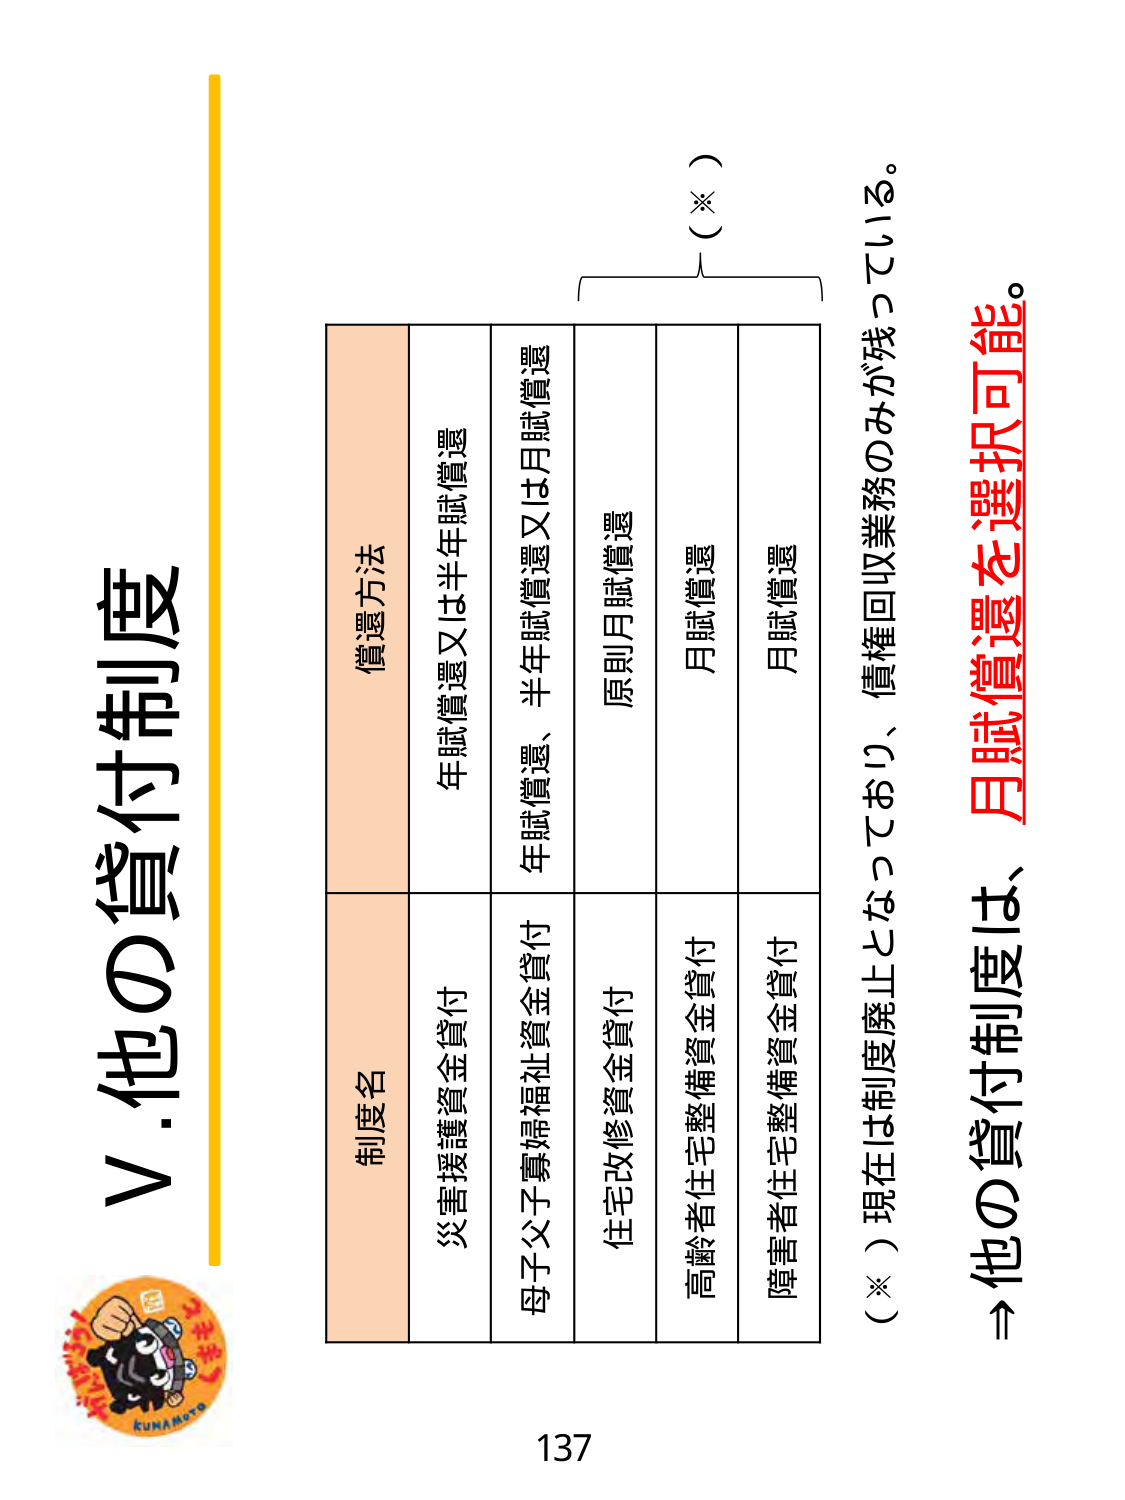
V.他の貸付制度

制度名　　　　　　　　　　　　　償還方法
災害援護資金貸付　　　　　　　　年賦償還又は半年賦償還
母子父子寡婦福祉資金貸付　　　　年賦償還、半年賦償還又は月賦償還
住宅改修資金貸付　　　　　　　　原則月賦償還
高齢者住宅整備資金貸付　　　　　月賦償還
障害者住宅整備資金貸付　　　　　月賦償還

（※）現在は制度廃止となっており、債権回収業務のみが残っている。
⇒他の貸付制度は、月賦償還を選択可能。

137